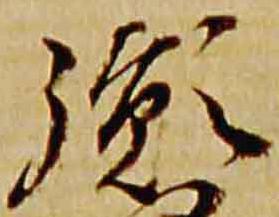
胤